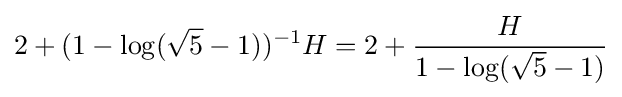
2+(1-\log({\sqrt {5}}-1))^{-1}H=2+{\frac {H}{1-\log({\sqrt {5}}-1)}}